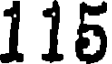
115